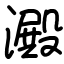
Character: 澱